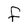
Character: f